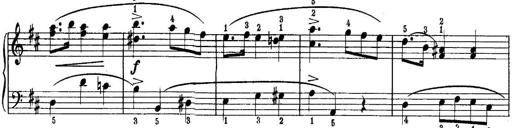
Title: Piano Sonatina No.1 in C major
Composer: Tadeusz Joteyko
Key: C major